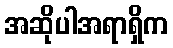
အဆိုပါအရာရှိက